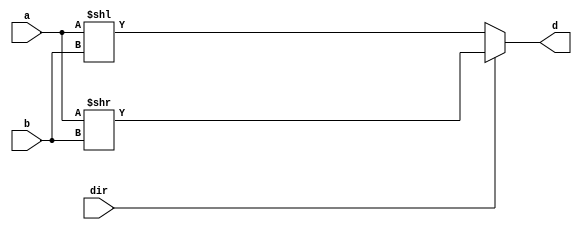
`timescale 1ns/100ps
module lab1_1(a, b, dir, d);
    input [3:0] a;
    input [1:0] b;
    input dir;
    output reg [3:0] d;
    
    always @* begin
        d = (dir==1'b0)?(a<<b):(a>>b);
    end
endmodule